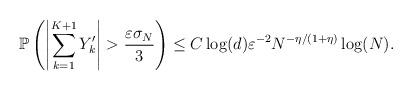
LaTeX: \begin{align*} \mathbb{P}\left(\left|\sum_{k=1}^{K+1} Y'_k\right|>\frac{\varepsilon\sigma_N}{3}\right)\leq C\log(d)\varepsilon^{-2}N^{-\eta/(1+\eta)}\log(N).\end{align*}